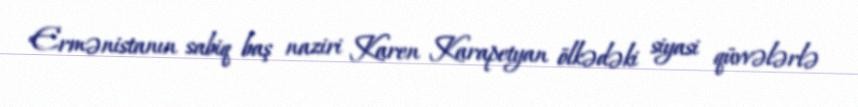
Ermənistanın sabiq baş naziri Karen Karapetyan ölkədəki siyasi qüvvələrlə